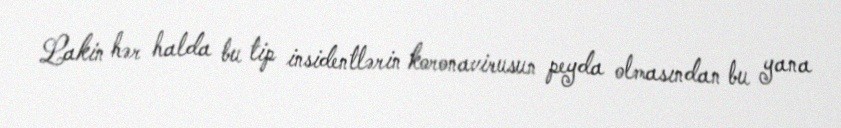
Lakin hər halda bu tip insidentlərin koronavirusun peyda olmasından bu yana